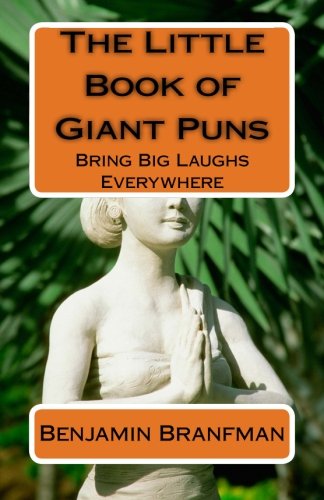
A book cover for The Little Book of Giant Puns: Bring Big Laughs Everywhere; Benjamin Branfman; Humor & Entertainment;